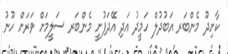
ކާށިދޫ މެންބަރ އަބުދުލް ހަމީދު އަދި އޭދަފުށީ މެންބަރ ސަލީމަށް ވަރަށް ހޫނު